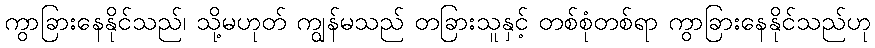
ကွာခြားနေနိုင်သည်၊ သို့မဟုတ် ကျွန်မသည် တခြားသူနှင့် တစ်စုံတစ်ရာ ကွာခြားနေနိုင်သည်ဟု